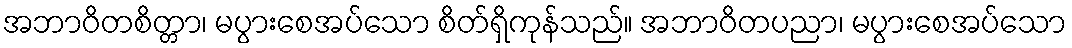
အဘာဝိတစိတ္တာ၊ မပွားစေအပ်သော စိတ်ရှိကုန်သည်။ အဘာဝိတပညာ၊ မပွားစေအပ်သော